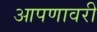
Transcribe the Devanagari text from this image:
आपणावरी